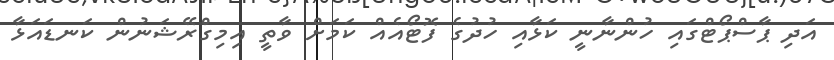
އަދި ޕާސްޕޯޓްގައި ހުންނާނީ ކަޅާއި ހުދުގެ ފޮޓޯއެއް ކަމަށް ވާތީ އިމިގްރޭޝަނުން ކަނޑައަޅާ